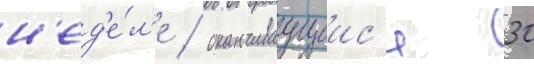
н'ед'е́л'е / оканчиваущеис'я 30